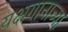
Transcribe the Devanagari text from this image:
यक्षगानाच्या